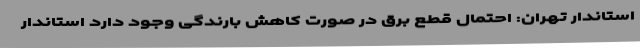
استاندار تهران: احتمال قطع برق در صورت کاهش بارندگی وجود دارد استاندار